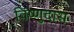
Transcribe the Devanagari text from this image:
विंष्णुदास